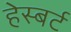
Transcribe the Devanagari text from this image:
हेस्बर्ट